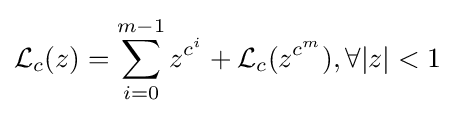
{\mathcal {L}}_{c}(z)=\sum _{i=0}^{m-1}z^{c^{i}}+{\mathcal {L}}_{c}(z^{c^{m}}),\forall |z|<1